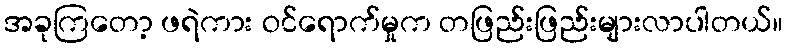
အခုကြတော့ ဖရဲကား ဝင်ရောက်မှုက တဖြည်းဖြည်းများလာပါတယ်။